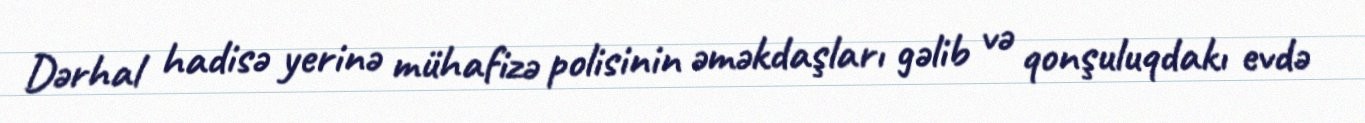
Dərhal hadisə yerinə mühafizə polisinin əməkdaşları gəlib və qonşuluqdakı evdə